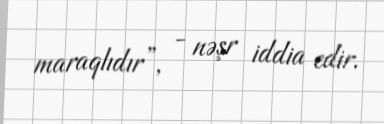
maraqlıdır”, - nəşr iddia edir.